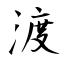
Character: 渡